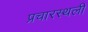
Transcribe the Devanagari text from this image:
प्रचारस्‍थली